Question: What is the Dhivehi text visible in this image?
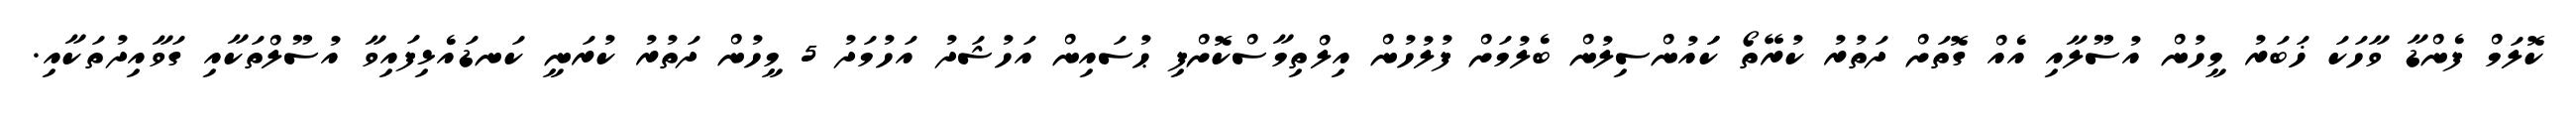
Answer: ކޮލަމް ފެންޑާ ވާހަކަ ޚަބަރު މީހުން އުސޫލާއި އެއް ގޮތަށް ދަތުރު ކުރޭތޯ ކަައުންސިލުން ބެލުމަށް ފުލުހުން އިލްތިމާސްކޮށްފި ޙުސައިން އަހުޝަދު އަހުމަދު 5 މީހުން ދަތުރު ކުރަނީ ކަނޑައެޅިފައިވާ އުސޫލްތަކާއި ގަވާއިދުތަކާއި.